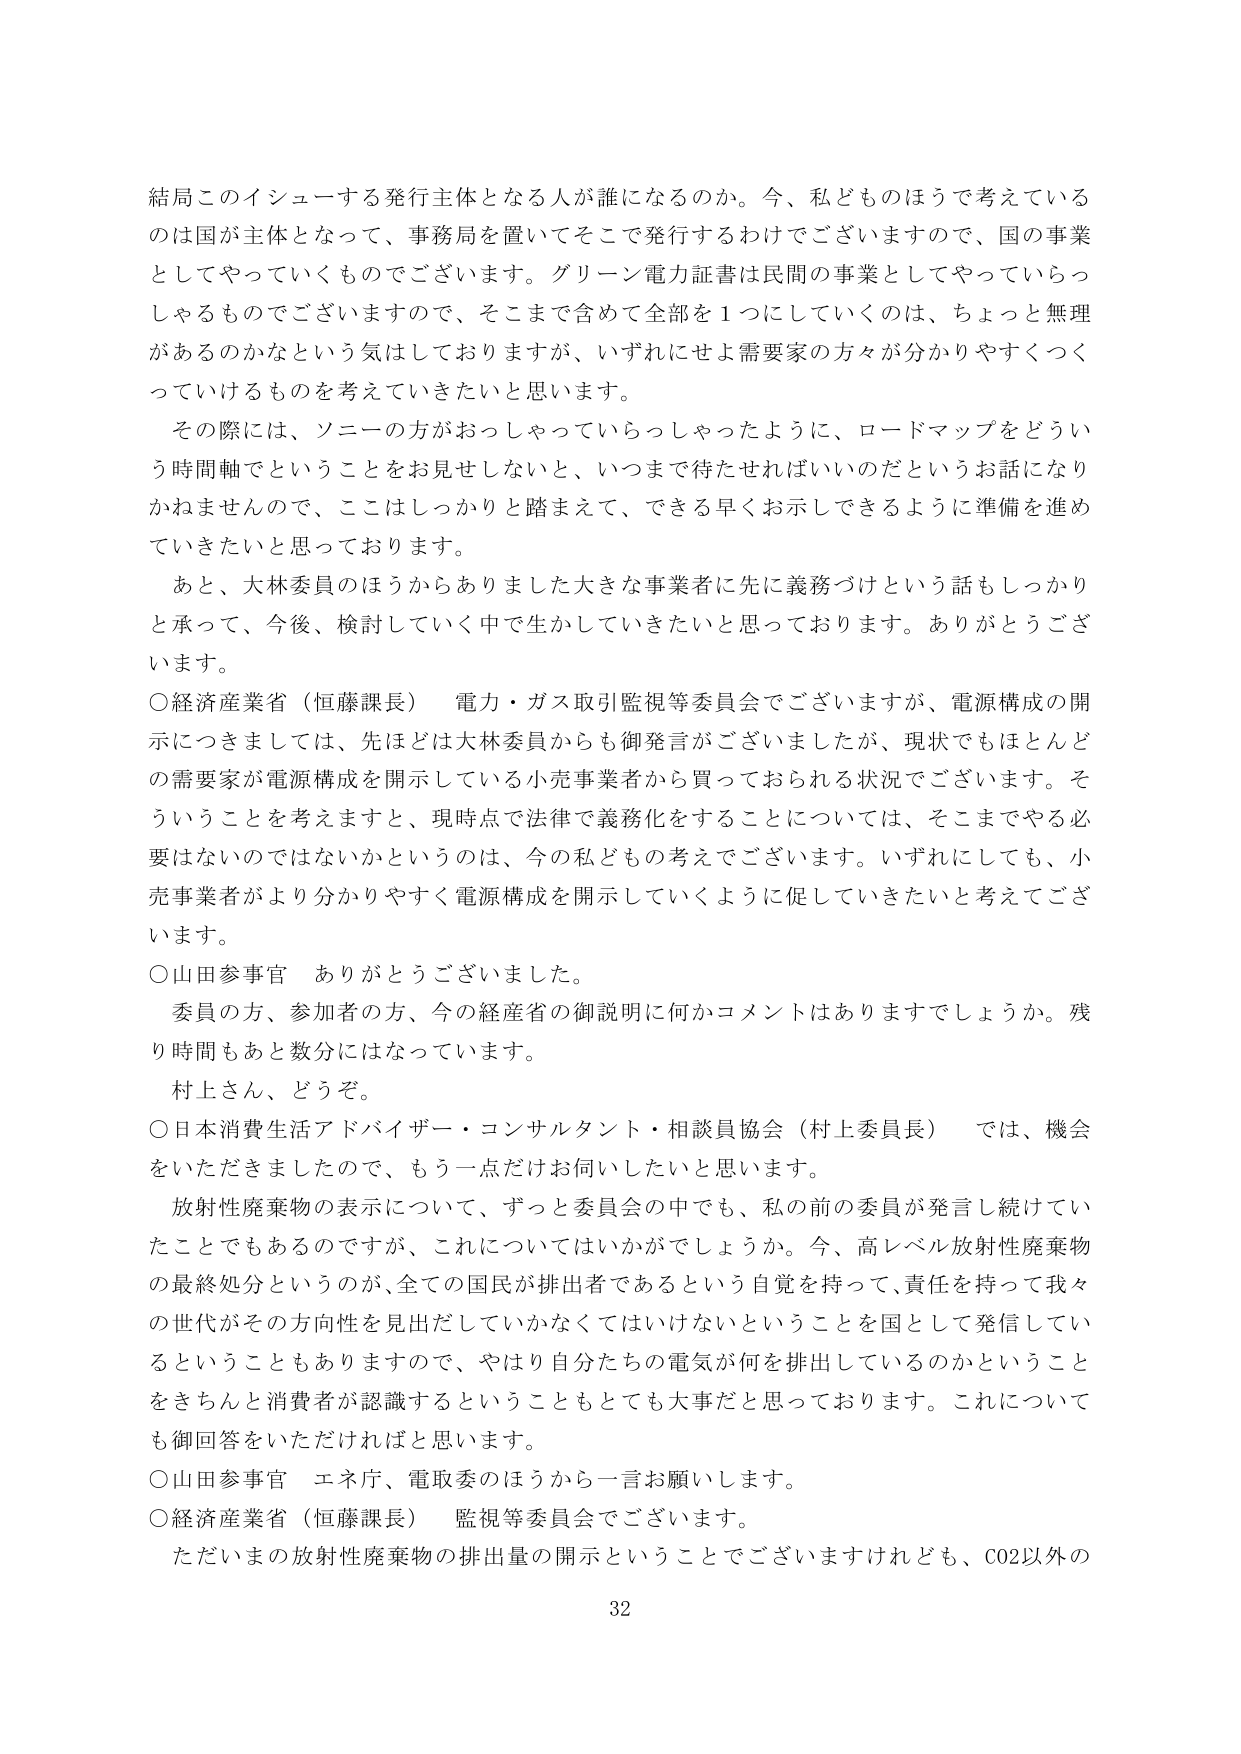
結局このイシューする発行主体となる人が誰になるのか。今、私どものほうで考えているのは国が主体となって、事務局を置いてそこで発行するわけでございますので、国の事業としてやっていくものでございます。グリーン電力証書は民間の事業としてやっていらっしゃるものでございますので、そこまで含めて全部を１つにしていくのは、ちょっと無理があるのかなという気はしておりますが、いずれにせよ需要家の方々が分かりやすくつくっていけるものを考えていきたいと思います。

その際には、ソニーの方がおっしゃっていらっしゃったように、ロードマップをどういう時間軸でということをお見せしないと、いつまで待たせればいいのだというお話になりかねませんので、ここはしっかりと踏まえて、できる早くお示しできるように準備を進めていきたいと思っております。

あと、大林委員のほうからありました大きな事業者に先に義務づけという話もしっかりと承って、今後、検討していく中で生かしていきたいと思っております。ありがとうございます。

○経済産業省（恒藤課長）　電力・ガス取引監視等委員会でございますが、電源構成の開示につきましては、先ほどは大林委員からも御発言がございましたが、現状でもほとんどの需要家が電源構成を開示している小売事業者から買っておられる状況でございます。そういうことを考えますと、現時点で法律で義務化することについては、そこまでやる必要はないのではないかというのは、今の私どもの考えでございます。いずれにしても、小売事業者がより分かりやすく電源構成を開示していくように促していきたいと考えております。

○山田参事官　ありがとうございました。

委員の方、参加者の方、今の経産省の御説明に何かコメントはありますでしょうか。残り時間もあと数分にはなっています。

村上さん、どうぞ。

○日本消費生活アドバイザー・コンサルタント・相談員協会（村上委員長）　では、機会をいただきましたので、もう一点だけお伺いしたいと思います。

放射性廃棄物の表示について、ずっと委員会の中でも、私の前の委員が発言し続けていたことでもあるのですが、これについてはいかがでしょうか。今、高レベル放射性廃棄物の最終処分というのが、全ての国民が排出者であるという自覚を持って、責任を持って我々の世代がその方向性を見出だしていかなくてはいけないということを国として発信しているということもありますので、やはり自分たちの電気が何を排出しているのかということをきちんと消費者が認識するということもとても大事だと思っております。これについても御回答をいただければと思います。

○山田参事官　エネ庁、電取委のほうから一言お願いします。

○経済産業省（恒藤課長）　監視等委員会でございます。

ただいまの放射性廃棄物の排出量の開示ということでございますけれども、CO2以外の

32